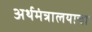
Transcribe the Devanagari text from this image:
अर्थमंत्रालयाचा